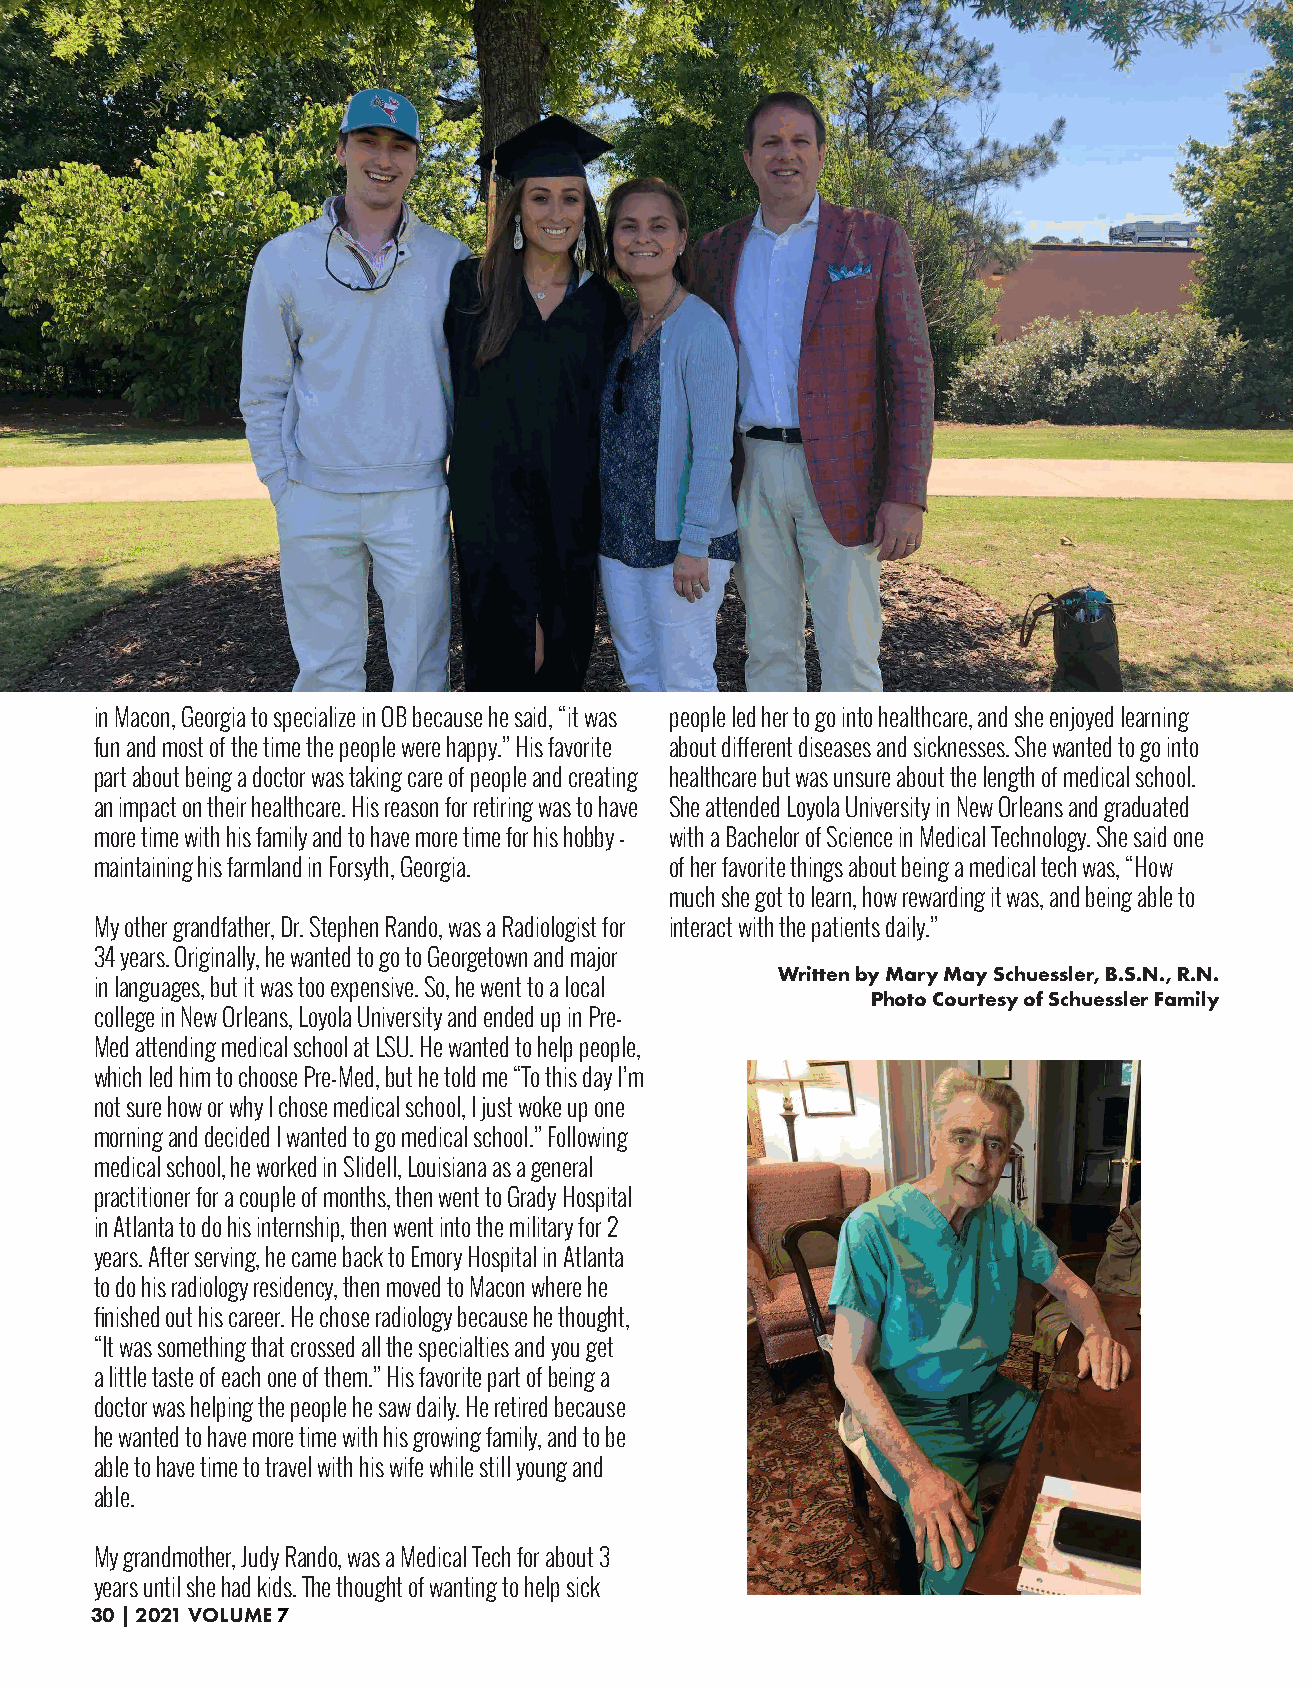
in Macon, Georgia to specialize in OB because he said, “it was people led her to go into healthcare, and she enjoyed learning
 fun and most of the time the people were happy.” His favorite about different diseases and sicknesses. She wanted to go into
 part about being a doctor was taking care of people and creating healthcare but was unsure about the length of medical school.
 an impact on their healthcare. His reason for retiring was to have She attended Loyola University in New Orleans and graduated
 more time with his family and to have more time for his hobby - with a Bachelor of Science in Medical Technology. She said one
 maintaining his farmland in Forsyth, Georgia. of her favorite things about being a medical tech was, “How
 much she got to learn, how rewarding it was, and being able to
 My other grandfather, Dr. Stephen Rando, was a Radiologist for interact with the patients daily.”
 34 years. Originally, he wanted to go to Georgetown and major
 Written by Mary May Schuessler, B.S.N., R.N.
 in languages, but it was too expensive. So, he went to a local
 Photo Courtesy of Schuessler Family
 college in New Orleans, Loyola University and ended up in Pre-
 Med attending medical school at LSU. He wanted to help people,
 which led him to choose Pre-Med, but he told me “To this day I’m
 not sure how or why I chose medical school, I just woke up one
 morning and decided I wanted to go medical school.” Following
 medical school, he worked in Slidell, Louisiana as a general
 practitioner for a couple of months, then went to Grady Hospital
 in Atlanta to do his internship, then went into the military for 2
 years. After serving, he came back to Emory Hospital in Atlanta
 to do his radiology residency, then moved to Macon where he
 finished out his career. He chose radiology because he thought,
 “It was something that crossed all the specialties and you get
 a little taste of each one of them.” His favorite part of being a
 doctor was helping the people he saw daily. He retired because
 he wanted to have more time with his growing family, and to be
 able to have time to travel with his wife while still young and
 able.
 My grandmother, Judy Rando, was a Medical Tech for about 3
 years until she had kids. The thought of wanting to help sick
 30 | 2021 VOLUME 7